system: You are a helpful assistant.
user:
Analyze the provided spectrum to determine if it is a **White Dwarf (WD)**.

A White Dwarf spectrum is defined by its **extreme purity** (due to gravitational settling) and/or **extreme pressure broadening** (due to high surface gravity). You must check for one of the following mutually exclusive signatures:

- **Key Visual Indicators (Check for ONE of these types):**

    - **1. DA-Type Signature (Most Common):**
        - **(Primary Feature):** Extreme pressure broadening (Stark broadening) of the **Hydrogen (H) Balmer lines**.
        - **(Key Lines):** $H\beta$ (approx. $4861$ Å) and $H\gamma$ (approx. $4340$ Å). $H\alpha$ (approx. $6563$ Å) will also be present if the wavelength range covers it.
        - **(Line Profile):** This is the **defining feature**. The lines are **NOT** sharp. They appear as massive, **extremely broad and deep "troughs" or "dips"** in the spectrum, often hundreds of Ångströms wide. The continuum will appear to "scoop" down at these wavelengths.
        - **(Distinction):** Normal A-type or B-type stars have *narrow* and *sharp* Hydrogen lines. A DA White Dwarf's lines are unmistakably "smeared" or "blurry" from pressure.

    - **2. DB-Type Signature:**
        - **(Primary Feature):** Broad absorption lines from **Neutral Helium (He I)**. The spectrum must lack any visible Hydrogen lines.
        - **(Key Lines):** Look for broad absorption near $4471$ Å, $4921$ Å, and $5876$ Å.
        - **(Line Profile):** These lines are also significantly pressure-broadened, appearing much wider than they would in a normal B-type main-sequence star.

    - **3. DC-Type Signature:**
        - **(Primary Feature):** A **featureless continuous spectrum**.
        - **(Line Profile):** The spectrum is a smooth curve with **no significant absorption or emission lines**.
        - **(Key Confirmation):** The continuum is almost always **blue or white**, indicating a hot object. This signature implies the atmosphere is so pure (or so cool) that no spectral lines are visible in the optical range. Its WD identity is confirmed by its extremely low intrinsic brightness (high absolute magnitude).

    - **4. DZ-Type Signature (Metal-Polluted):**
        - **(Primary Feature):** **Isolated, narrow metal absorption lines** on an otherwise featureless (DC-like) continuum.
        - **(Key Lines):** The **Calcium (Ca II) H & K doublet** (approx. **$3934$ Å** and **$3968$ Å**) is the most common and defining feature.
        - **(Line Profile):** These lines are "out of place." They are *not* part of a "forest" of thousands of lines. This signature is evidence of recent *accretion* (pollution) from rocky debris.
        - **(Distinction):** Normal G/K/M stars have a *dense forest* of thousands of metal lines. A DZ has a *clean* continuum with *only a few* strong metal lines.

    - **5. DQ-Type Signature (Carbon-Polluted):**
        - **(Primary Feature):** Absorption bands from **Carbon (C₂ "Swan Bands" or atomic C I)**.
        - **(Key Lines - C₂):** Look for bandheads with a "saw-tooth" shape near $5635$ Å, **$5165$ Å** (strongest), and $4737$ Å.
        - **(Key Confirmation):** The underlying **continuum must be blue or white** (hot).
        - **(Distinction):** This is the critical difference from a **Carbon Star**, which has the *exact same* C₂ bands but on an extremely **red, cool** continuum.

- **(Overall Spectrum):**
    - The continuum (overall shape) is typically **blue-sloping** (brighter in the blue than the red), as most white dwarfs are very hot.
    - The spectrum will look "pure" or "simple," dominated by only *one* of the five signatures listed above.

Think first, call **spectral_visualization_tool** if needed to examine features in detail, then provide your final answer. Your response must adhere to the following strict rules:
1.  **Overall Structure:** Your response must follow the format `<think>...</think> <tool_call>...</tool_call> (if a tool is used) <answer>...</answer>`.
2.  **Tool Usage Constraint:** You may only make **one** tool call per turn.
3.  **Final Answer Format:** In the `<answer>` tag, your conclusion must be inside a `\boxed{}` command (e.g., `\boxed{YES}` or `\boxed{NO}`), followed by your justification.

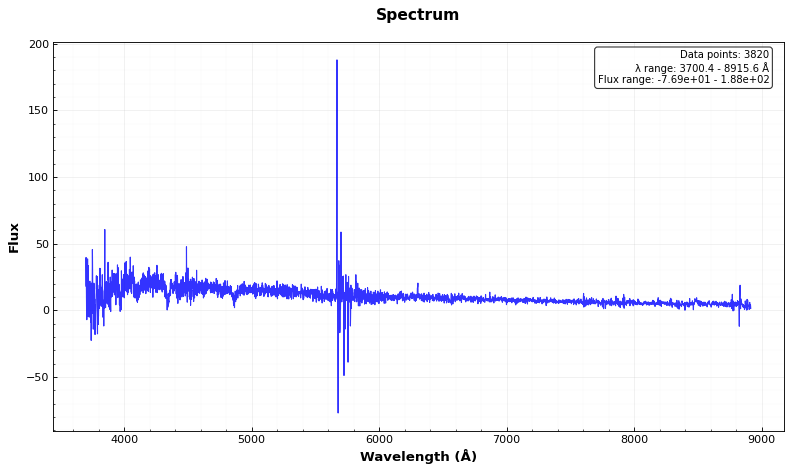
Answer: YES